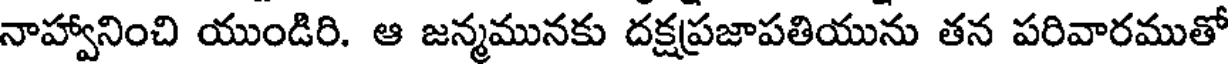
నాహ్వానించి యుండిరి. ఆ జన్మమునకు దక్షప్రజాపతియును తన పరివారముతో